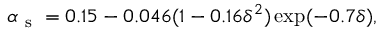
\alpha _ { \mathrm { ~ s ~ } } = 0 . 1 5 - 0 . 0 4 6 ( 1 - 0 . 1 6 \delta ^ { 2 } ) \exp ( - 0 . 7 \delta ) ,